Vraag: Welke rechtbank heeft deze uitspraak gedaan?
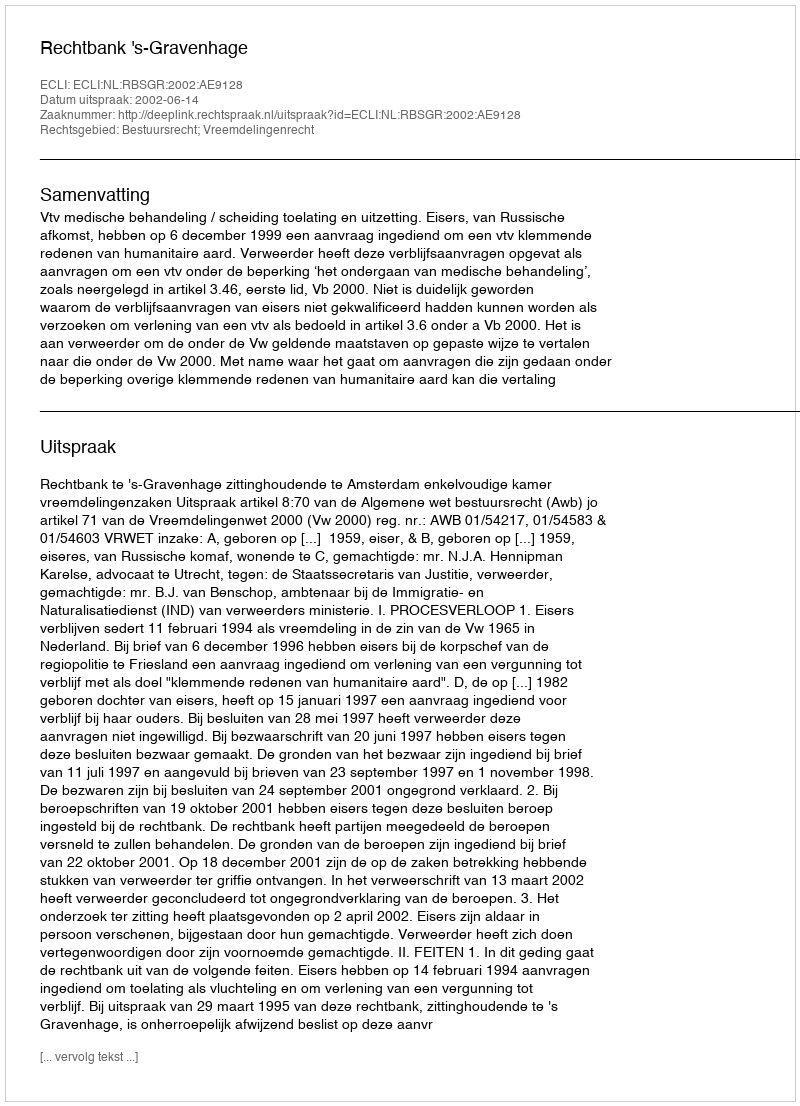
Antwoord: Rechtbank 's-Gravenhage